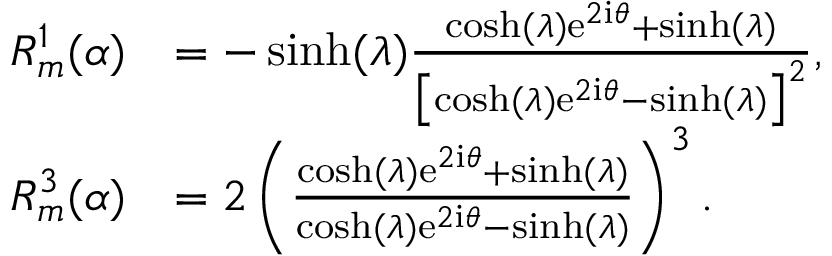
\begin{array} { r l } { R _ { m } ^ { 1 } ( \alpha ) } & { = - \sinh ( \lambda ) \frac { \cosh ( \lambda ) \mathrm { e } ^ { 2 \mathrm { i } \theta } + \sinh ( \lambda ) } { \bigl [ \cosh ( \lambda ) \mathrm { e } ^ { 2 \mathrm { i } \theta } - \sinh ( \lambda ) \bigr ] ^ { 2 } } , } \\ { R _ { m } ^ { 3 } ( \alpha ) } & { = 2 \left( \frac { \cosh ( \lambda ) \mathrm { e } ^ { 2 \mathrm { i } \theta } + \sinh ( \lambda ) } { \cosh ( \lambda ) \mathrm { e } ^ { 2 \mathrm { i } \theta } - \sinh ( \lambda ) } \right) ^ { 3 } . } \end{array}